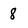
Character: 8